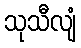
သုသီလျံ